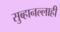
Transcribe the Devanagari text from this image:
सुब्हानल्लाही